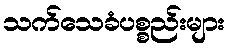
သက်သေခံပစ္စည်းများ